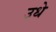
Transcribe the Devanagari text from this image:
उधे